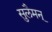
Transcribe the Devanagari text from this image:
सुलैमन्